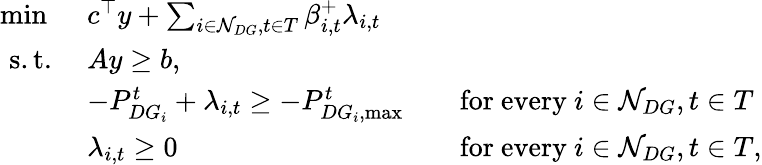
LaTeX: \begin{array}{rlrl}{\operatorname*{min}\ }&{c^{\top}y+\sum_{i\in\mathcal{N}_{DG},t\in T}\beta_{i,t}^{+}\lambda_{i,t}}\\ {\mathrm{s.t.}\ }&{Ay\geq b,}\\ &{-P_{DG_{i}}^{t}+\lambda_{i,t}\geq-P_{DG_{i},\operatorname*{max}}^{t}}&&{\mathrm{for~every~}i\in\mathcal{N}_{DG},t\in T}\\ &{\lambda_{i,t}\geq 0}&&{\mathrm{for~every~}i\in\mathcal{N}_{DG},t\in T,}\end{array}